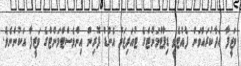
ވަޒީފާ އަދާކުރައްވަން ފެއްޓެވީ ޑިޕާޓްމަންޓްގެ ޓުއަރިޒަމް އެންޑް ފޮރިން އިންވެސްޓްމަންޓްގެ ވަޒީފާ އަކުންނެވެ.